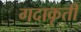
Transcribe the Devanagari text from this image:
गदाकृती